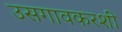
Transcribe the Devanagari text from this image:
उसगावकरशी